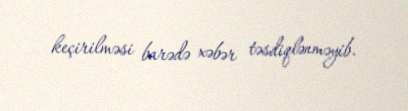
keçirilməsi barədə xəbər təsdiqlənməyib.